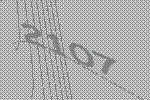
2107